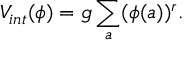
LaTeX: V _ { i n t } ( \phi ) = g \sum _ { a } ( \phi ( a ) ) ^ { r } .